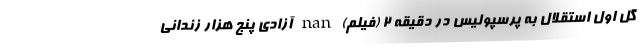
گل اول استقلال به پرسپولیس در دقیقه 2 (فیلم) nan آزادی پنج هزار زندانی